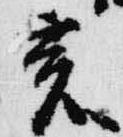
亥